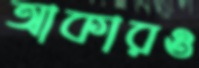
আকারও